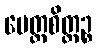
မေတ္တစိတ္တဉ္စ